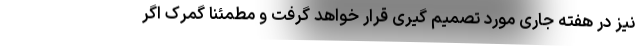
نیز در هفته جاری مورد تصمیم گیری قرار خواهد گرفت و مطمئنا گمرک اگر